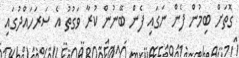
ގޮތަށް ބިމުން ފެން ނަގައި ފެން ބޭނުން ކުރާ ވަގުތު އެ ސަރަހައްދުގައި